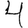
Digit: 4